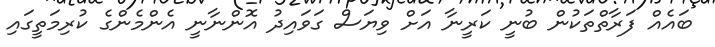
ބައެއް ފަރާތްތަކުން ބުނީ ކަރީނާ އަށް ވިޔަސް ގަވައިދު އޮންނާނީ އެންމެންގެ ކުރިމަތީގައި